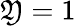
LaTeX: \mathfrak{Y}=1